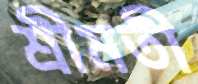
শ্রীমতী